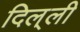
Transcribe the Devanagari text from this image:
दिल्‌ली